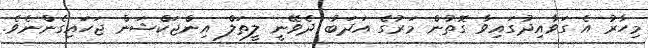
މިހާރު އެ ގަވާއިދުގައިވާ ގޮތުން މަރުގެ އަދަބު ދެވޭނީ ލީތަލް އިންޖަކްޝަން ޖަހައިގެންނެވެ.